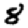
Digit: 8